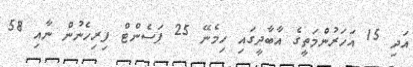
އަދި 15 އަހަރުންމަތީގެ އާބާދީގައި ހިމެނޭ 25 ޕަސެންޓް ފިރިހެނުން ނާއި 58